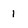
Character: 1